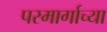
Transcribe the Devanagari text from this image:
परमार्गाच्या